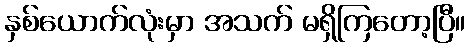
နှစ်ယောက်လုံးမှာ အသက် မရှိကြတော့ပြီ။